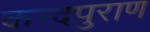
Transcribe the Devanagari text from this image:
कन्दपुराण